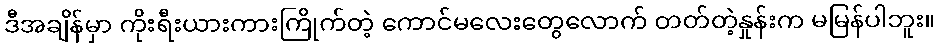
ဒီအချိန်မှာ ကိုးရီးယားကားကြိုက်တဲ့ ကောင်မလေးတွေလောက် တတ်တဲ့နှုန်းက မမြန်ပါဘူး။